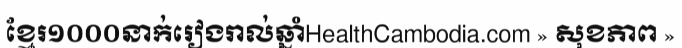
ខ្មែរ១០០០នាក់រៀងរាល់ឆ្នាំHealthCambodia.com » សុខភាព »